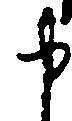
申